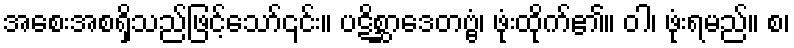
အစေးအစရှိသည်ဖြင့်သော်၎င်း။ ပဋိစ္ဆာဒေတဗ္ဗံ၊ ဖုံးထိုက်၏။ ဝါ၊ ဖုံးရမည်။ စ၊